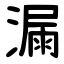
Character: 漏